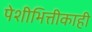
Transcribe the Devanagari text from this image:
पेशीभित्तीकाही